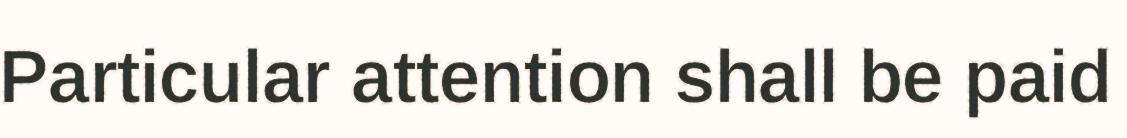
Particular attention shall be paid